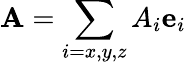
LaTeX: {\mathbf A}=\sum_{i=x,y,z}A_{i}{\mathbf e}_{i}